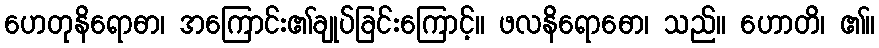
ဟေတုနိရောဓာ၊ အကြောင်း၏ချုပ်ခြင်းကြောင့်။ ဖလနိရောဓော၊ သည်။ ဟောတိ၊ ၏။